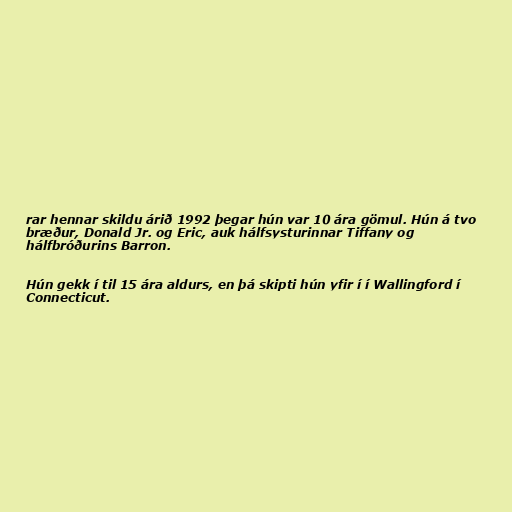
rar hennar skildu árið 1992 þegar hún var 10 ára gömul. Hún á tvo
bræður, Donald Jr. og Eric, auk hálfsysturinnar Tiffany og
hálfbróðurins Barron.

Hún gekk í til 15 ára aldurs, en þá skipti hún yfir í í Wallingford í
Connecticut.